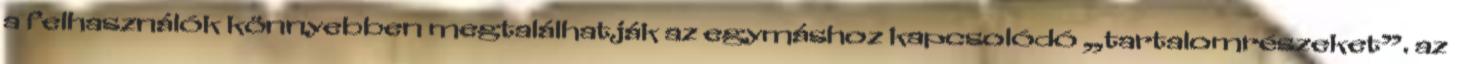
a felhasználók könnyebben megtalálhatják az egymáshoz kapcsolódó „tartalomrészeket”. az